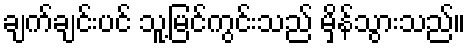
ချက်ချင်းပင် သူ့မြင်ကွင်းသည် မှိန်သွားသည်။